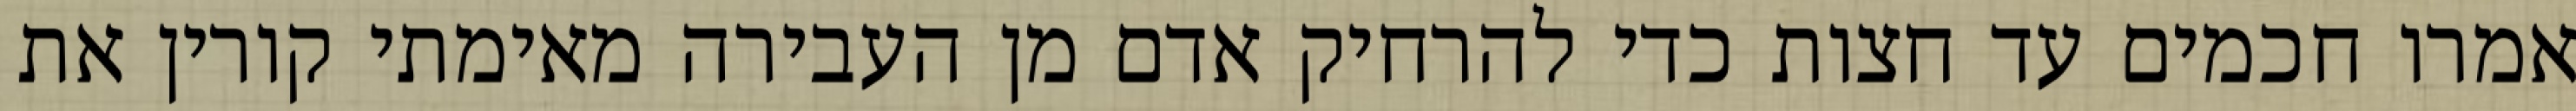
אמרו חכמים עד חצות כדי להרחיק אדם מן העבירה מאימתי קורין את